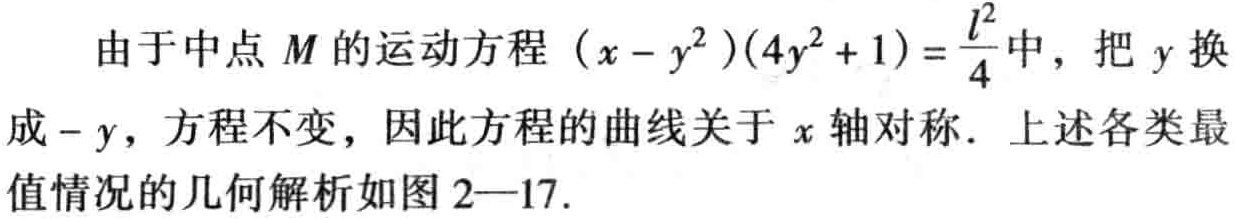
由于中点 \(M\) 的运动方程 \((x - y^{2})(4y^{2} + 1)=\frac{l^{2}}{4}\) 中，把 \(y\) 换成 \(-y\)，方程不变，因此方程的曲线关于 \(x\) 轴对称．上述各类最值情况的几何解析如图 2—17.